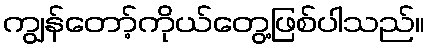
ကျွန်တော့်ကိုယ်တွေ့ဖြစ်ပါသည်။